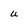
Character: u